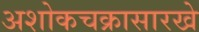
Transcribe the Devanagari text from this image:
अशोकचक्रासारखे